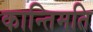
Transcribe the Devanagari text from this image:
कान्तिमति